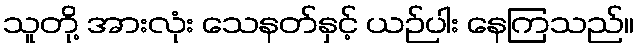
သူတို့ အားလုံး သေနတ်နှင့် ယဉ်ပါး နေကြသည်။